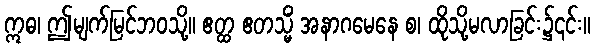
ဣဓ၊ ဤမျက်မြင်ဘဝသို့။ ဧတ္ထ ဧတသ္မိံ အနာဂမေနေ စ၊ ထိုသို့မလာခြင်း၌၎င်း။